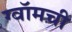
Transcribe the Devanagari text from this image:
ग्वॉमची